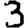
Digit: 3